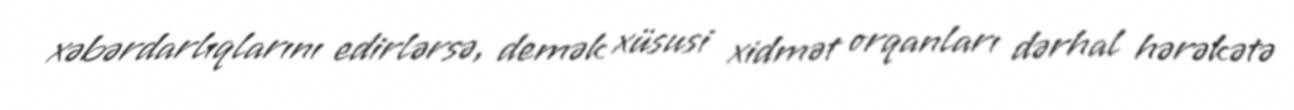
xəbərdarlıqlarını edirlərsə, demək xüsusi xidmət orqanları dərhal hərəkətə